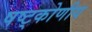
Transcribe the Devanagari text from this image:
षष्ट्कोणीय